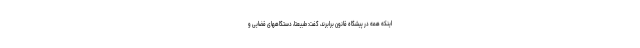
اینکه همه در پیشگاه قانون برابرند، گفت: طبیعتاً، دستگاههای قضایی و